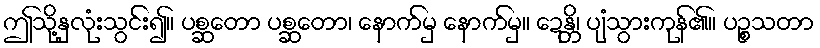
ဤသို့နှလုံးသွင်း၍။ ပစ္ဆတော ပစ္ဆတော၊ နောက်မှ နောက်မှ။ ဍေန္တိ၊ ပျံသွားကုန်၏။ ပဉ္စသတာ